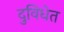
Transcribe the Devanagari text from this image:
दुविधेत